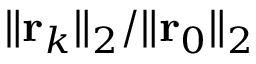
\| \mathbf { r } _ { k } \| _ { 2 } / \| \mathbf { r } _ { 0 } \| _ { 2 }